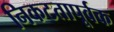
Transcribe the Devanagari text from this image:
निकटतापूर्वक